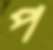
প